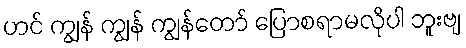
ဟင် ကျွန် ကျွန် ကျွန်တော် ပြောစရာမလိုပါ ဘူးဗျ